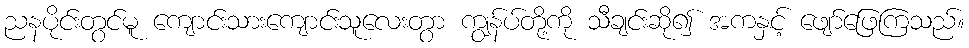
ညနပိုင်းတွင်မူ ကျောင်းသားကျောင်းသူလေးတွာ ကျွန်ပ်တို့ကို သီချင်းဆို၍ အကနှင့် ဖျော်ဖြေကြသည်။